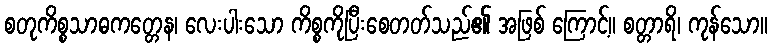
စတုကိစ္စသာဓကတ္တေန၊ လေးပါးသော ကိစ္စကိုပြီးစေတတ်သည်၏ အဖြစ် ကြောင့်။ စတ္တာရိ၊ ကုန်သော။